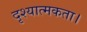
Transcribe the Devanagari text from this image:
दृश्यात्मकता।